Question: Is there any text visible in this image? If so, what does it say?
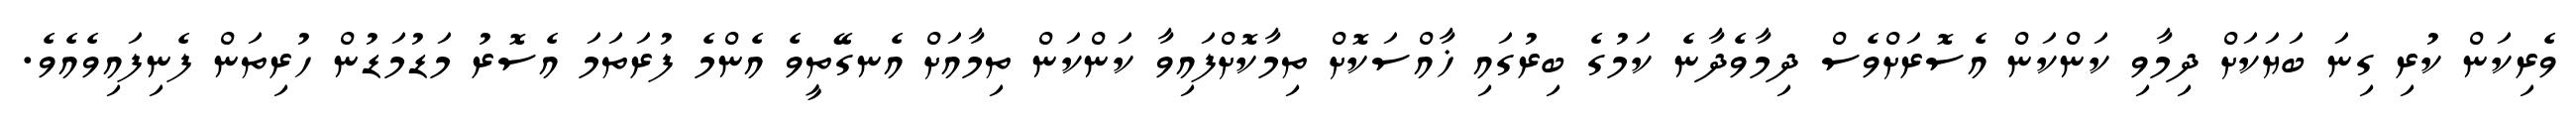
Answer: ވެރިކަން ކުރި ގިނަ ބަޔަކަށް ދިމާވި ކަންކަން އެސޮރަށްވެސް ދިމާވެދާނެ ކަމުގެ ބިރުގައި ޚާއްސަކޮށް ތިމާކޮށްފައިވާ ކަންކަން ތިމާއަށް އެނގޭތީވެ އެންމެ ފުރަތަމަ އެސޮރު މަޑުމަޑުން ހުރިތަން ފެނިފައިވެއެވެ.